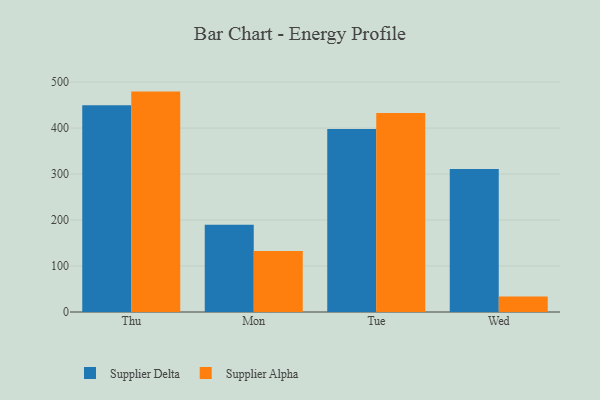
{"axis": {"x": "Day", "y": "Backlog"}, "legend": ["Supplier Alpha", "Supplier Delta"], "data": [{"x": "Thu", "y": 449.7, "type": "Supplier Delta"}, {"x": "Thu", "y": 479.3, "type": "Supplier Alpha"}, {"x": "Mon", "y": 189.6, "type": "Supplier Delta"}, {"x": "Mon", "y": 132.5, "type": "Supplier Alpha"}, {"x": "Tue", "y": 397.9, "type": "Supplier Delta"}, {"x": "Tue", "y": 432.7, "type": "Supplier Alpha"}, {"x": "Wed", "y": 310.8, "type": "Supplier Delta"}, {"x": "Wed", "y": 33.9, "type": "Supplier Alpha"}]}